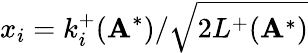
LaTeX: x_{i}=k_{i}^{+}(\mathbf{A}^{*})/\sqrt{2L^{+}(\mathbf{A}^{*})}